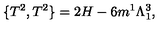
\{ T ^ { 2 } , T ^ { 2 } \} = 2 H - 6 m ^ { 1 } \Lambda _ { 1 } ^ { 3 } ,